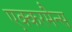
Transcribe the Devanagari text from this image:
एक्करमैन्स